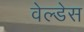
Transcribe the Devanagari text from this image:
वेल्‍डेस